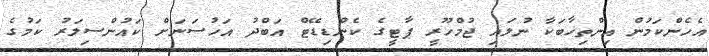
އެހެންކަމުން އިންތިޚާބަކާ ނުލައި ޖުމްހޫރީ ޕާޓީގެ ކެންޑިޑޭޓް އަބްދު އަހުސަނަށް ކައުންސިލަރު ކަމުގެ